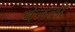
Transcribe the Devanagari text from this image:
वेनलो